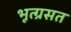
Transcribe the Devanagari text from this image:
भूत्ग्रसत